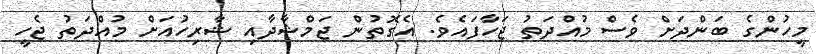
މީހުންގެ ބަންދަށް ވެސް މުއްދަތު ޖަހާފައެވެ. އެގޮތުން ޖަމްޝާދާއި ޝާރިހުއަށް މުއްދަތު ޖެހީ